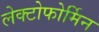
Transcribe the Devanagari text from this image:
लेक्टोफोर्मिन